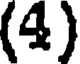
(4)